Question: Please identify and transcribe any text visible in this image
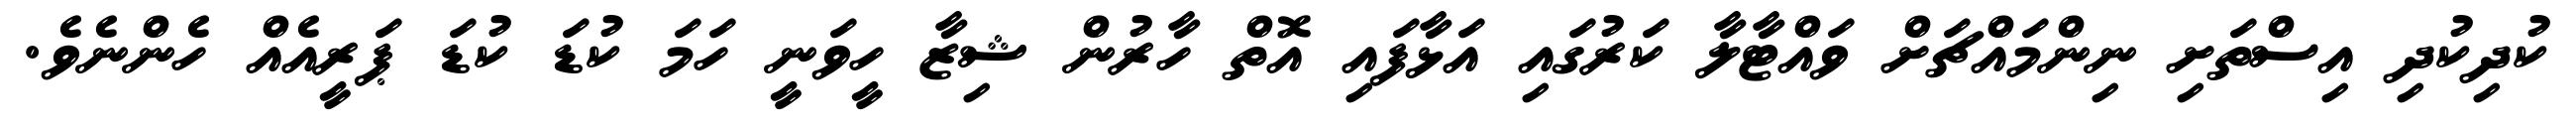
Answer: ކުދިކުދި އިސްތަށި ނިންމައްޗަށް ވައްޓާލާ ކަރުގައި އަޅާފައި އޮތް ހާރުން ޝިޒާ ހީވަނީ ހަމަ ކުޑަ ކުޑަ ޕަރީއެއް ހެންނެވެ.